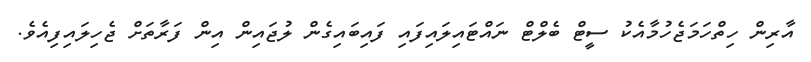
އާރިން ހިތްހަމަޖެހުމާއެކު ސީޓް ބެލްޓް ނައްޓައިލައިފައި ފައިބައިގެން ލުޖައިން އިން ފަރާތަށް ޖެހިލައިފިއެވެ.